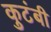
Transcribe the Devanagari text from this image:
कुटंबी